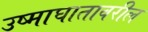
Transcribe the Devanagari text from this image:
उष्माघातावरील